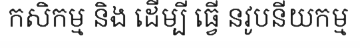
កសិកម្ម និង ដើម្បី ធ្វើ នវូបនីយកម្ម